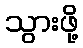
သွားဖို့